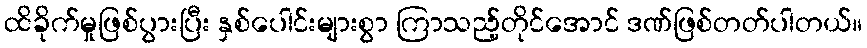
ထိခိုက်မှုဖြစ်ပွားပြီး နှစ်ပေါင်းများစွာ ကြာသည့်တိုင်အောင် ဒဏ်ဖြစ်တတ်ပါတယ်။